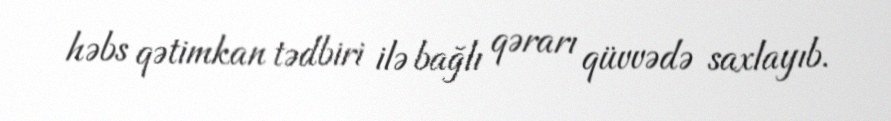
həbs qətimkan tədbiri ilə bağlı qərarı qüvvədə saxlayıb.